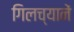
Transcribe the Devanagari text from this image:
गिलच्यानें